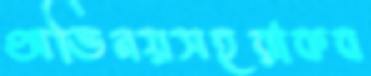
অভিনয়সহরাকব